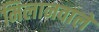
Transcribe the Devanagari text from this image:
मिलानवाले